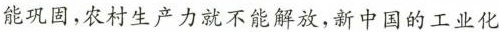
能巩固，农村生产力就不能解放，新中国的工业化